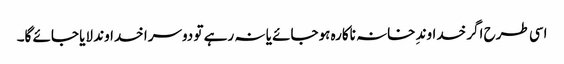
اسی طرح اگر خداوندِ خانہ ناکارہ ہوجائے یا نہ رہے تو دوسرا خداوند لایا جائے گا۔